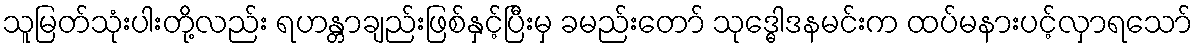
သူမြတ်သုံးပါးတို့လည်း ရဟန္တာချည်းဖြစ်နှင့်ပြီးမှ ခမည်းတော် သုဒ္ဓေါဒနမင်းက ထပ်မနားပင့်လှာရသော်